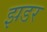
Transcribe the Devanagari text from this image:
झडर